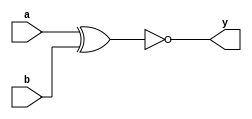
module Xnor_gate(a,b,y);
 input a,b;
 output y;
 assign y=~(a^b);
endmodule
module testbench_xnorg;
 reg a,b;wire y;
 Xnor_gate Xnorg(a,b,y);
 initial begin
  $display($time,"a=%b,b=%b,y=%b",a,b,y);
  #10 a=0;b=0;
  #10 a=0;b=1;
  #10 a=1;b=0;
  #10 a=1;b=1;
  #10 $finish;
end
endmodule